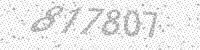
Solution: 817807